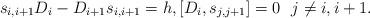
LaTeX: \begin{gather*} s_{i,i+1} D_{i} - D_{i+1} s_{i,i+1}=h, [D_i, s_{j,j+1}]=0 \ \ j \not=i, i+1.\end{gather*}